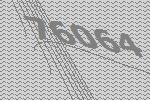
76064